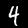
Label: 4